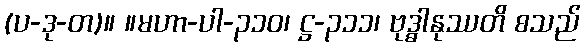
(ပ-ဒု-တ)။ ။မဟာ-ပါ-၃၁၀၊ ဋ္ဌ-၃၁၁၊ ဗုဒ္ဓါနုဿတိ စသည်